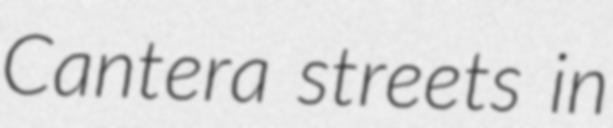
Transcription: Cantera streets in